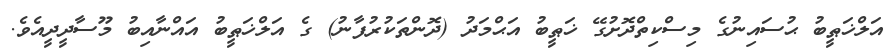
އަލްޚަޠީބު ޙުސައިނުގެ މިސްކިތްދޮށުގޭ ޚަޠީބު އަޙްމަދު (ދޮންތަކުރުފާނު) ގެ އަލްޚަޠީބު އައްނާއިބު މޫސާދީދީއެވެ.